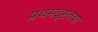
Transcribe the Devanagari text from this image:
प्रथमदृष्टतया